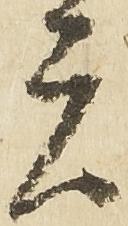
者